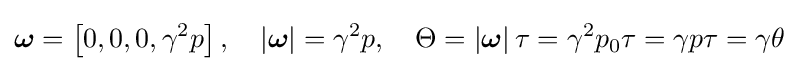
{\boldsymbol {\omega }}=\left[0,0,0,\gamma ^{2}p\right],\quad \left|{\boldsymbol {\omega }}\right|=\gamma ^{2}p,\quad \Theta =\left|{\boldsymbol {\omega }}\right|\tau =\gamma ^{2}p_{0}\tau =\gamma p\tau =\gamma \theta